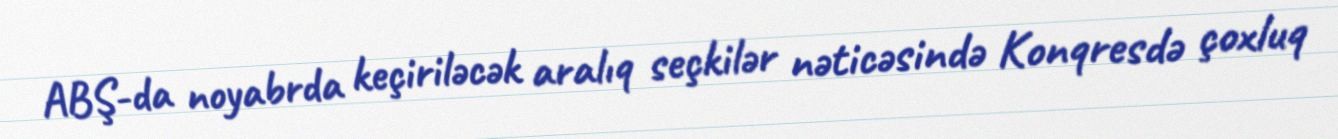
ABŞ-da noyabrda keçiriləcək aralıq seçkilər nəticəsində Konqresdə çoxluq